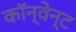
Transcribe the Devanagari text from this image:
कॉन्वेन्ट